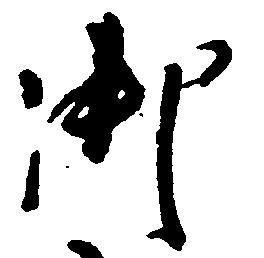
御